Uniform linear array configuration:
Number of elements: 4
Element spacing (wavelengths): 1
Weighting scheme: hann
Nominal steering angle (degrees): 30
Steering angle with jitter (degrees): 30.605
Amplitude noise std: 0.05
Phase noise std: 0.05

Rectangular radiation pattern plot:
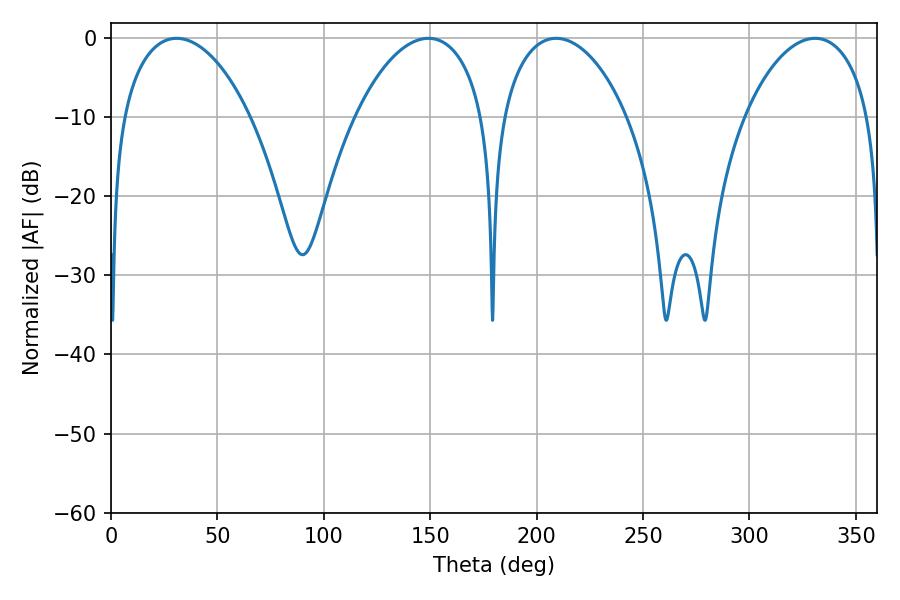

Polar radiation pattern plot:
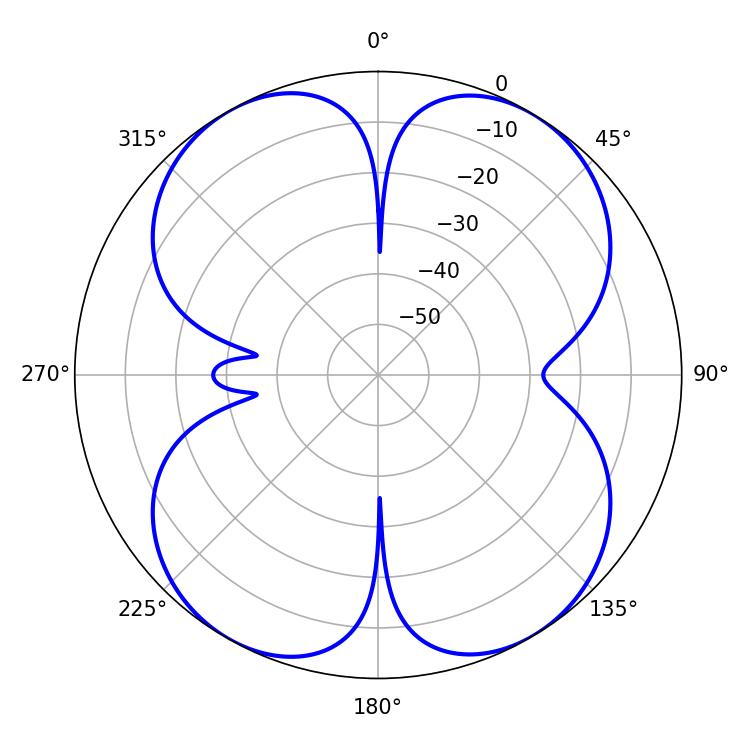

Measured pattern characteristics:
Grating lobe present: TRUE
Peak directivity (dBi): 15.796
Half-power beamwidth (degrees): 33.48
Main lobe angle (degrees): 209.16